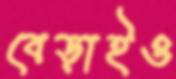
বেড়াইও